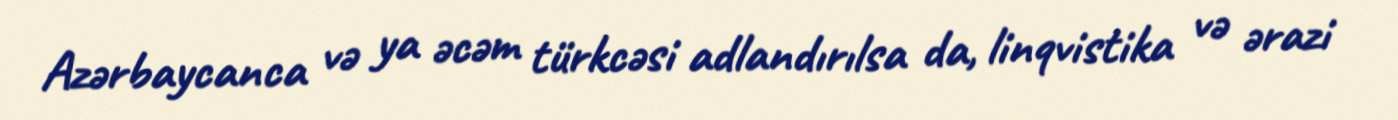
Azərbaycanca və ya əcəm türkcəsi adlandırılsa da, linqvistika və ərazi